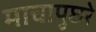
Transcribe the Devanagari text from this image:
माचापुछरे